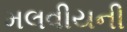
મલવીયની